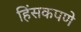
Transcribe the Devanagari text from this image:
हिंसकपणे